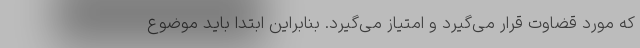
که مورد قضاوت قرار می‌گیرد و امتیاز می‌گیرد. بنابراین ابتدا باید موضوع